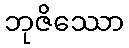
ဘုဇိဿော